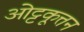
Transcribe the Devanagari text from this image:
ओट्टकूत्तन